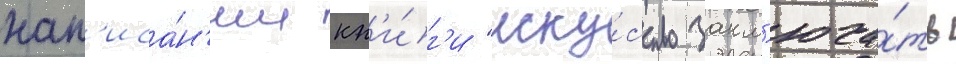
нап'иса́н'ии кн'и́г'и "иску́сство закл'юча́ть